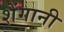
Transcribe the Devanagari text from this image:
शेंगानी